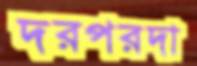
দরপরদা